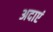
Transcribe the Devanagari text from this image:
अदाएं